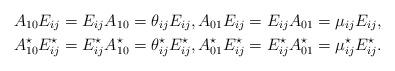
LaTeX: \begin{align*} &A_{10} E_{ij} = E_{ij} A_{10} = \theta_{ij} E_{ij}, A_{01} E_{ij} = E_{ij} A_{01} = \mu_{ij} E_{ij}, \\ &A_{10}^\star E_{ij}^\star = E_{ij}^\star A_{10}^\star = \theta_{ij}^\star E_{ij}^\star, A_{01}^\star E_{ij}^\star = E_{ij}^\star A_{01}^\star = \mu_{ij}^\star E_{ij}^\star. \end{align*}